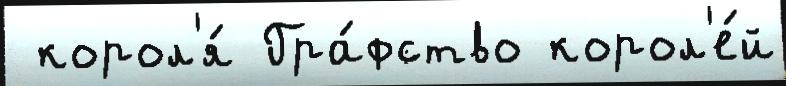
 корол'я́ Гра́фство корол'е́й